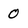
Character: 0